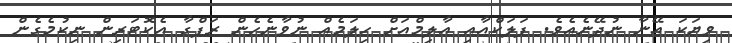
ވިޔަކަ އޭނާ ނުދޭނެއެވެ. ފަލަކްއާއި އާލިމްއަށް ހިލަމެއް ނުވާނެހެން ރަފްގާ އެކޮޓަރިން ނިކުމެގެން